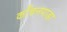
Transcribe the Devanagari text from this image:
काँचनपाड़ा